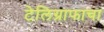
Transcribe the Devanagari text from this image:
टेलिग्राफाचा